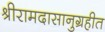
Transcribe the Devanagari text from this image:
श्रीरामदासानुग्रहीत